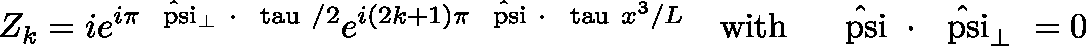
Z _ { k } = i e ^ { i \pi \mathrm { \boldmath ~ \hat { \scriptstyle \ p s i } \scriptstyle _ { \perp } ~ } \cdot \mathrm { \boldmath ~ \scriptstyle \ t a u ~ } / 2 } e ^ { i ( 2 k + 1 ) \pi \mathrm { \boldmath ~ \hat { \scriptstyle \ p s i } ~ } \cdot \mathrm { \boldmath ~ \scriptstyle \ t a u ~ } x ^ { 3 } / L } \quad \mathrm { w i t h } \quad \mathrm { \boldmath ~ \hat { \ p s i } ~ } \cdot \mathrm { \boldmath ~ \hat { \ p s i } _ { \perp } ~ } = 0